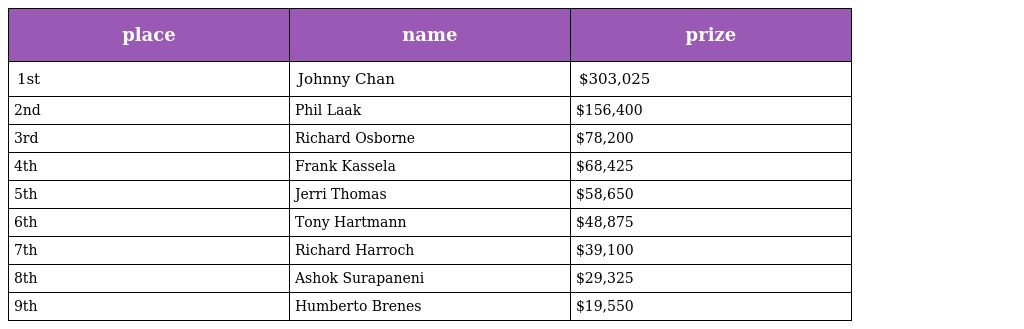
| place | name | prize |
 | --- | --- | --- |
 | 1st | Johnny Chan | $303,025 |
 | 2nd | Phil Laak | $156,400 |
 | 3rd | Richard Osborne | $78,200 |
 | 4th | Frank Kassela | $68,425 |
 | 5th | Jerri Thomas | $58,650 |
 | 6th | Tony Hartmann | $48,875 |
 | 7th | Richard Harroch | $39,100 |
 | 8th | Ashok Surapaneni | $29,325 |
 | 9th | Humberto Brenes | $19,550 |